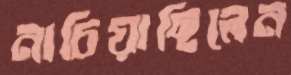
নাচিয়াছিলেন